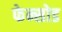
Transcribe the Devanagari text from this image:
फेन्सोड